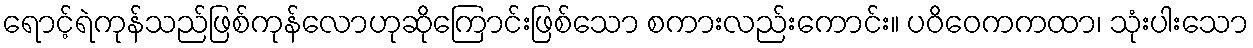
ရောင့်ရဲကုန်သည်ဖြစ်ကုန်လောဟုဆိုကြောင်းဖြစ်သော စကားလည်းကောင်း။ ပဝိဝေကကထာ၊ သုံးပါးသော